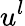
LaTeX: u^{l}